Annual returns of the Patna Lunatic Asylum at Bankipore in Bihar and Orissa - 1912-1924
Year: 1912
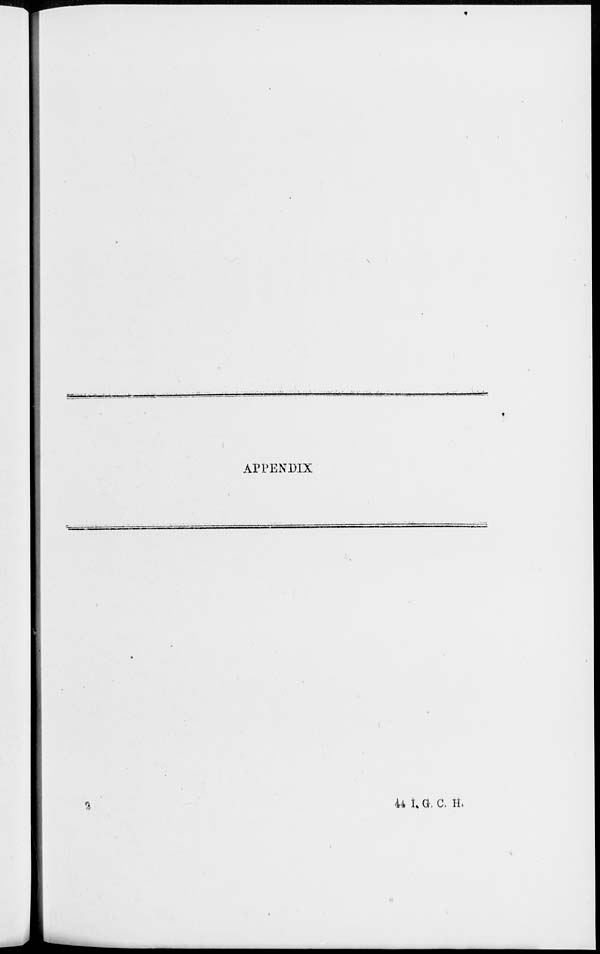
APPENDIX